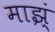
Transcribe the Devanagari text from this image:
माझ्ं